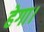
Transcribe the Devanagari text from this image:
हेगा।